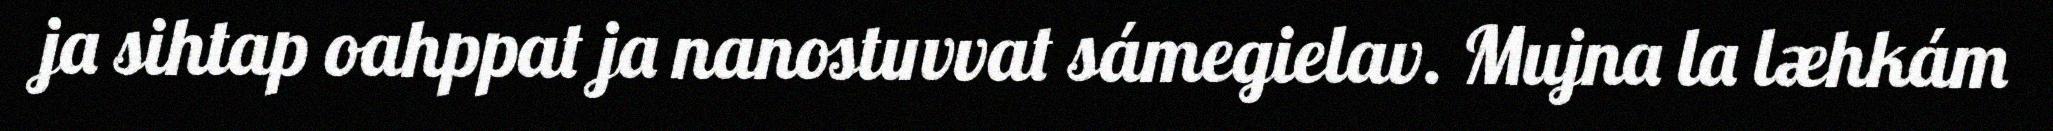
ja sihtap oahppat ja nanostuvvat sámegielav. Mujna la læhkám